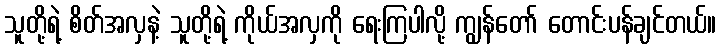
သူတို့ရဲ့ စိတ်အလှနဲ့ သူတို့ရဲ့ ကိုယ်အလှကို ရေးကြပါလို့ ကျွန်တော် တောင်းပန်ချင်တယ်။